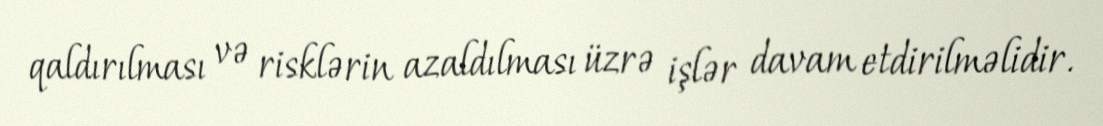
qaldırılması və risklərin azaldılması üzrə işlər davam etdirilməlidir.